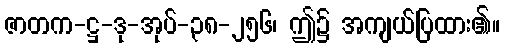
ဇာတက-ဋ္ဌ-ဒု-အုပ်-၃၈-၂၅၆၊ ဤ၌ အကျယ်ပြထား၏။